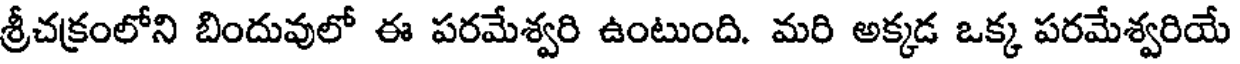
శ్రీచక్రంలోని బిందువులో ఈ పరమేశ్వరి ఉంటుంది. మరి అక్కడ ఒక్క పరమేశ్వరియే